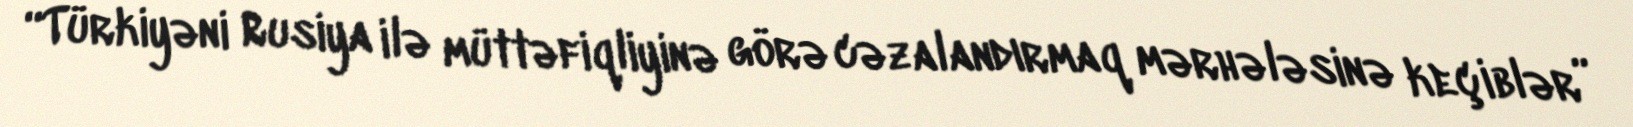
“Türkiyəni Rusiya ilə müttəfiqliyinə görə cəzalandırmaq mərhələsinə keçiblər”